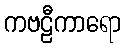
ကဗဠီကာရော